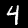
Digit: 4